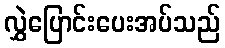
လွှဲပြောင်းပေးအပ်သည်